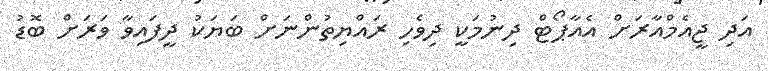
އަދި ޖީއެމްއާރަށް އެއާޕޯޓް ދިނުމަކީ ދިވެހި ރައްޔިތުންނަށް ބަޔަކު ދީފައިވާ ވަރަށް ބޮޑު